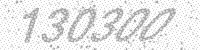
Solution: 130300